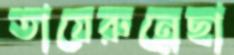
তায়েরুন্নেছা